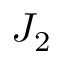
J _ { 2 }